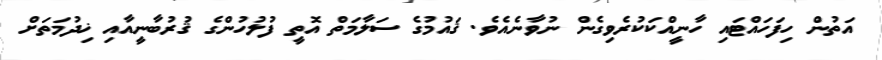
އަތުން ހިފަހައްޓައި ހާނީއްކަކުރެވިގެން ނުވާނެއެވެ. ޤައުމުގެ ސަލާމަތް އޮތީ ފުލުހުންގެ ޤުރުބާނީއާއި ޚިދުމަތަށް